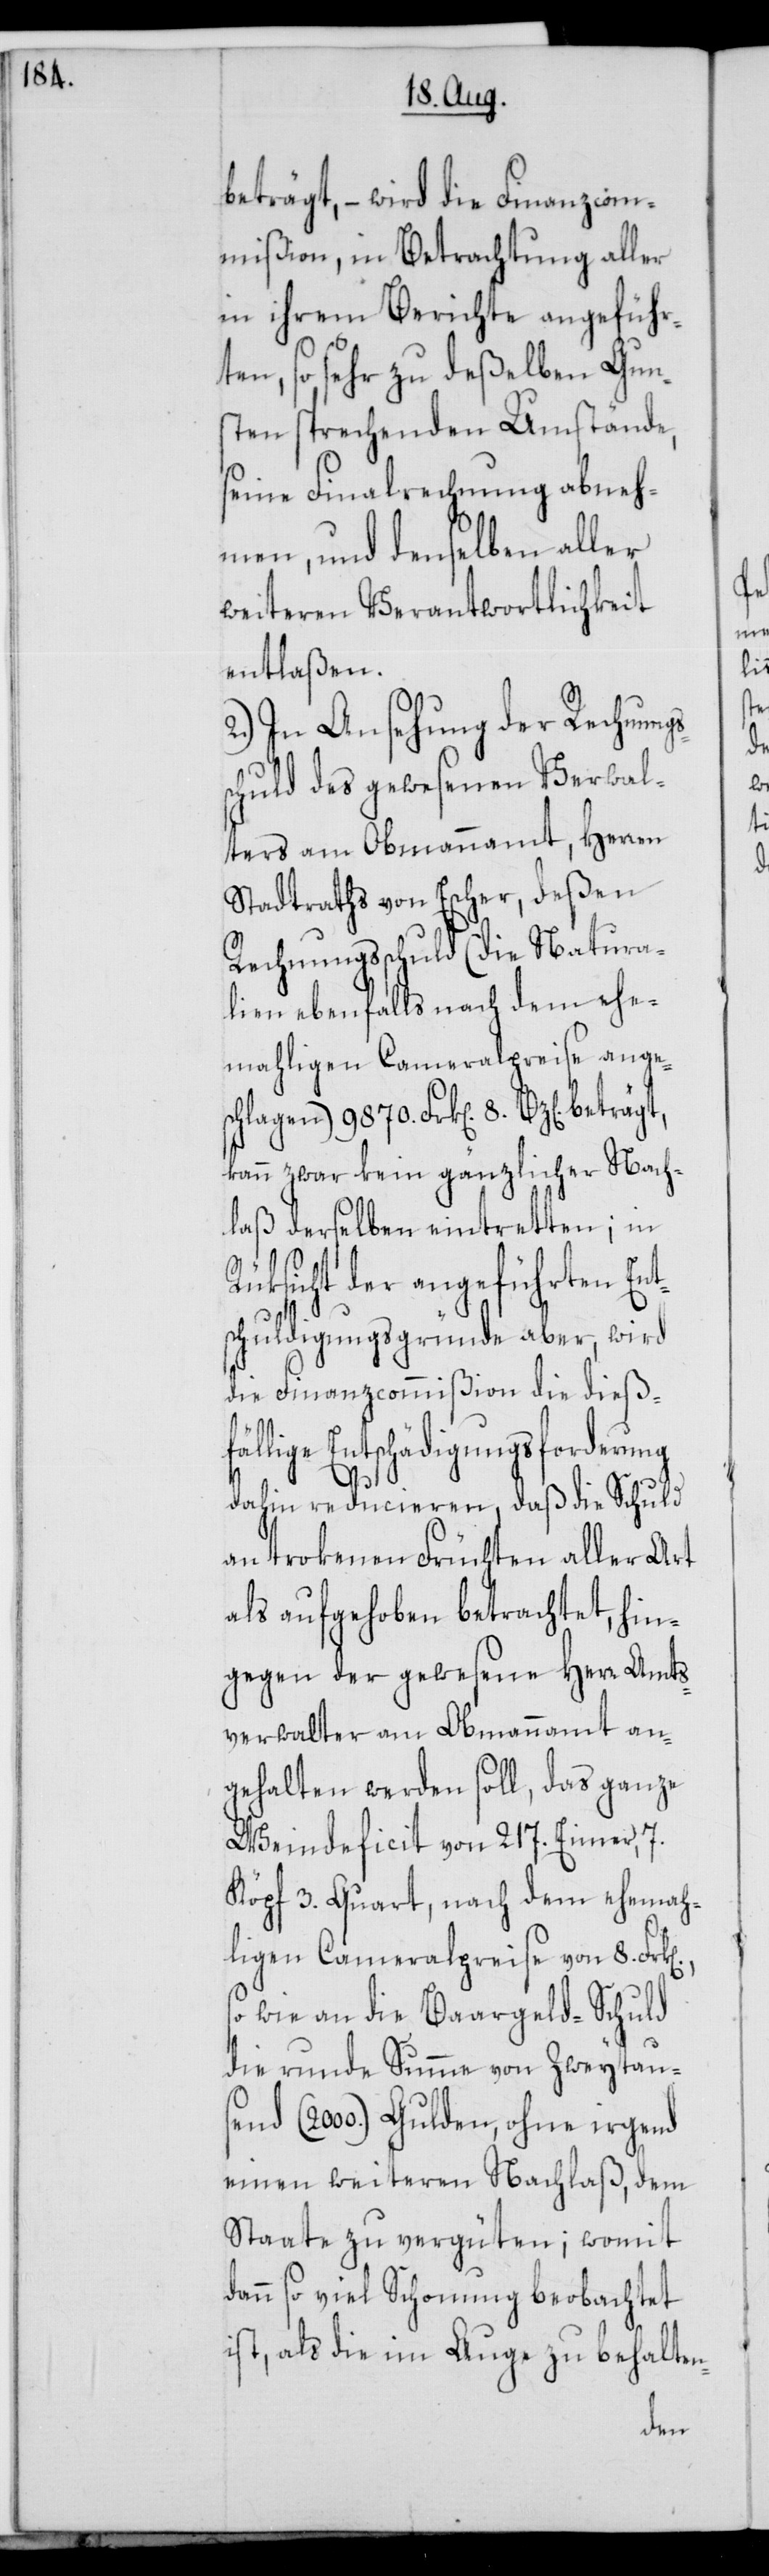
beträgt, – wird die Finanzcom¬
mißion, in Betrachtung aller
in ihrem Berichte angeführ¬
ten, so sehr zu deßelben Gun¬
sten sprechenden Umstände,
seine Finalrechnung abneh¬
men, und denselben aller
weiteren Verantwortlichkeit
entlaßen.
2.) In Ansehung der Rechnungs¬
schuld des gewesenen Verwal¬
ters am Obmannamt, Herren
Stadtraths von Escher, deßen
Rechnungsschuld (die Natura¬
lien ebenfalls nach dem ehe¬
mahligen Cameralpreise anges¬
chlagen) 9870. Frk[en]. 8. Bz[en].
kann zwar kein gänzlicher Nach¬
laß derselben eintretten; in
Rüksicht der angeführten Ent¬
schuldigungsgründe aber, wird
die Finanzcommißion die dießfäl¬
lige Entschädigungsforderung
dahin reducieren, daß die Schuld
an trockenen Früchten aller Art
als aufgehoben betrachtet, hin¬
gegen der gewesene Herr Amts¬
verwalter am Obmannamt an¬
gehalten werden soll, das ganze
Weindeficit von 217. Eimer, 7.
Köpf 3. Quart, nach dem ehemah¬
ligen Cameralpreise von 8. Frk[e¬
so wie an die Baargeld-Schuld
die runde Summe von Zweytau¬
send (2000.) Gulden, ohne irgend
einen weiteren Nachlaß, dem
Staate zu vergüten; womit
dann so viel Schonung beobachtet
ist, als die im Auge zu behalten-
n].,